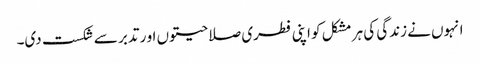
انہوں نے زندگی کی ہر مشکل کو اپنی فطری صلاحیتوں او ر تدبر سے شکست دی۔